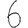
Digit: 6